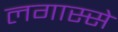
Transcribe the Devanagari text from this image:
लगास्से